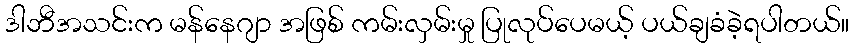
ဒါဘီအသင်းက မန်နေဂျာ အဖြစ် ကမ်းလှမ်းမှု ပြုလုပ်ပေမယ့် ပယ်ချခံခဲ့ရပါတယ်။